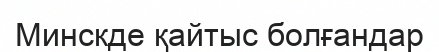
Минскде қайтыс болғандар